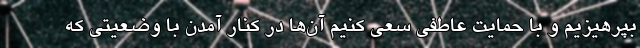
بپرهیزیم و با حمایت عاطفی سعی کنیم آن‌ها در کنار آمدن با وضعیتی که